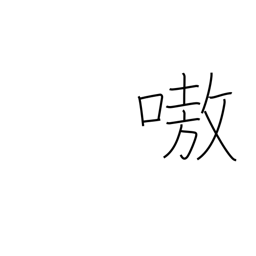
Meaning: noisy